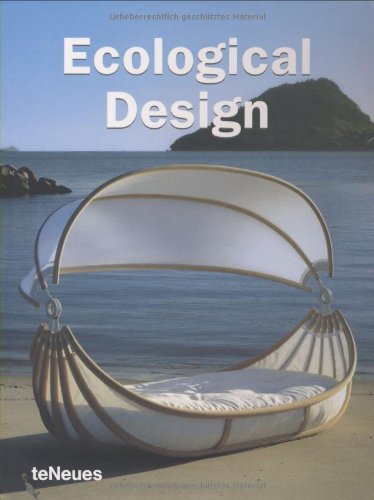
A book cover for Ecological Design; Nicolas Uphaus; Arts & Photography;